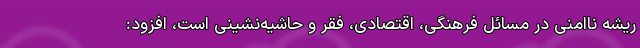
ریشه ناامنی در مسائل فرهنگی، اقتصادی، فقر و حاشیه‌نشینی است، افزود: